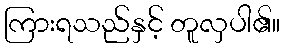
ကြားရသည်နှင့် တူလှပါ၏။